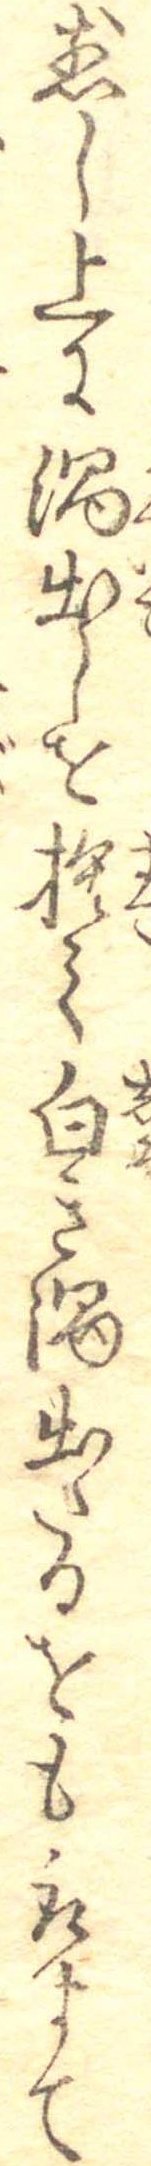
煎し上に渦出しを捨て白き渦出たるをも取すて